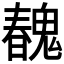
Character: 𩳽